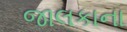
જાલકાના